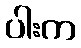
ပါးက